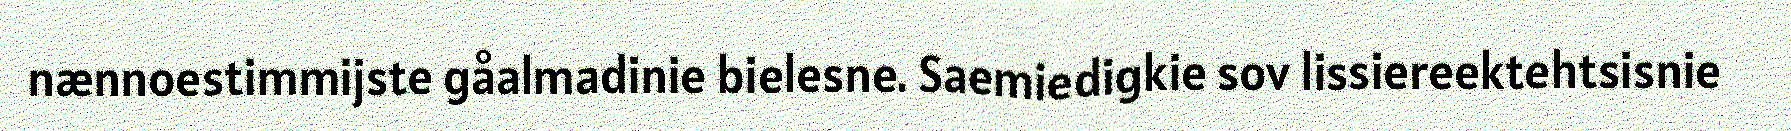
nænnoestimmijste gåalmadinie bielesne. Saemiedigkie sov lissiereektehtsisnie